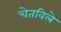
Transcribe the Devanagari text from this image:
चेतविले